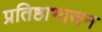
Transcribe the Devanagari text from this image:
प्रतिष्ठाभाजन